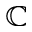
\mathbb { C }